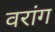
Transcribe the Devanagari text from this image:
वरांग